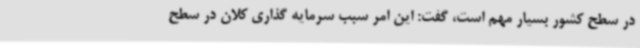
در سطح کشور بسیار مهم است، گفت: این امر سبب سرمایه گذاری کلان در سطح